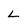
Character: L